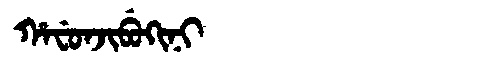
Manchu: ᡥᠠᠸᡠᠨᠵᡳᠪᡠᡴᡳᠨᡳ
Romanization: HAFUNJIBUKINI